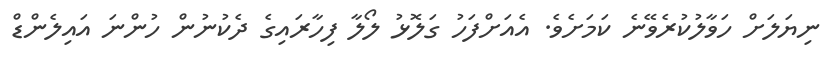
ނިޔަލަށް ހަވާލުކުރެވޭނެ ކަމަށެވެ. އެއަށްފަހު ގަލޮޅު ލޯލާ ފިހާރައިގެ ދެކުނުން ހުންނަ އައިލެންޑް